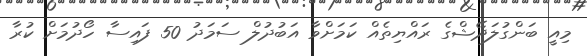
މިއީ ބަންގުލަދޭޝްގެ ރައްޔިތެއް ކަމަށްވާ އަބުދުލް ސަމަދު 50 ފައިސާ ހޯދުމަށް ކުރާ